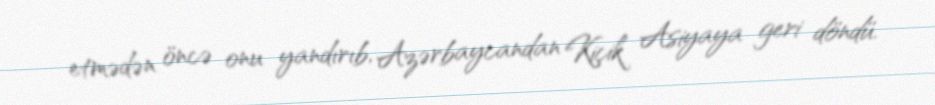
etmədən öncə onu yandırıb, Azərbaycandan Kiçik Asiyaya geri döndü.